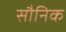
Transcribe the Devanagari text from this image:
सौनिक